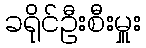
ခရိုင်ဦးစီးမှူး